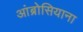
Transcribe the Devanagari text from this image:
आंब्रोसियाना